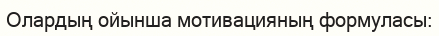
Олардың ойынша мотивацияның формуласы: